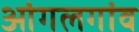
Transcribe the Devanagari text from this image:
आंगलगांव